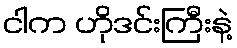
ငါက ဟိုဒင်းကြီးနဲ့